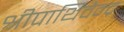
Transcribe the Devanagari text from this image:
श्रीपार्थिवेन्द्र